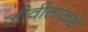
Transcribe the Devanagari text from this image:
जीवीताकडे